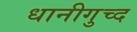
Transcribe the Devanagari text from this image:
धानीगुच्द